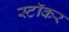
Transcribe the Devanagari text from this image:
स्टॉकर